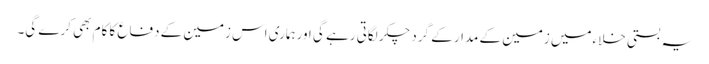
یہ بستی خلاءمیں زمین کے مدار کے گرد چکر لگاتی رہے گی اورہماری اس زمین کے دفاع کا کام بھی کرے گی۔